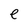
Character: e